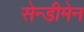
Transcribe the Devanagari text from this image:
सेन्डीमेन